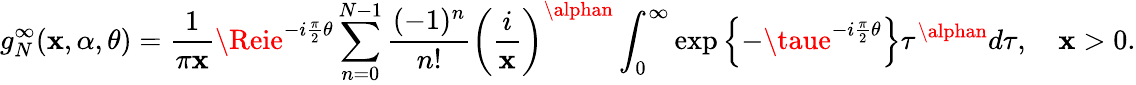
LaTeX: g_{N}^{\infty}(\mathbf{x},\alpha,\theta)=\frac{{1}}{{\pi\mathbf{x}}}\Reie^{-i\frac{{\pi}}{{2}}\theta}\sum_{n=0}^{N-1}\frac{{(-1)^{n}}}{{n!}}\left(\frac{{i}}{{\mathbf{x}}}\right)^{\alphan}\int_{0}^{\infty}\exp\left\{ -\taue^{-i\frac{{\pi}}{{2}}\theta}\right\} \tau^{\alphan}d\tau,\quad\mathbf{x}>0.